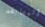
المسابقه